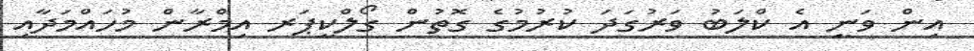
އިން ވަނީ އެ ކްލަބު ވަރުގަދަ ކުރުމުގެ ގޮތުން ގޯލްކީޕަރ އިމްރާން މުހައްމަދާއި